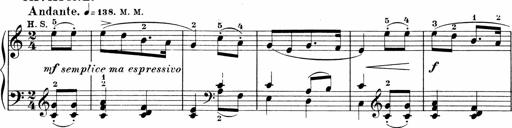
Title: Sonatinen Op.47, 98 und 136, nebst 6 Liedersonatinen
Composer: Carl Reinecke